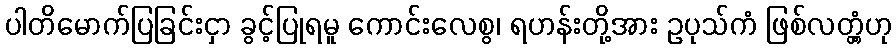
ပါတိမောက်ပြခြင်းငှာ ခွင့်ပြုရမူ ကောင်းလေစွ၊ ရဟန်းတို့အား ဥပုသ်ကံ ဖြစ်လတ္တံ့ဟု